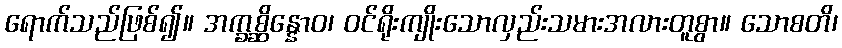
ရောက်သည်ဖြစ်၍။ အက္ခစ္ဆိန္နောဝ၊ ဝင်ရိုးကျိုးသောလှည်းသမားအလားတူစွာ။ သောစတိ၊